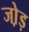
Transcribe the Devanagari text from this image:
जो़ड़